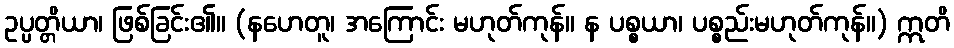
ဥပ္ပတ္တိယာ၊ ဖြစ်ခြင်း၏။ (နဟေတူ၊ အကြောင်း မဟုတ်ကုန်။ န ပစ္စယာ၊ ပစ္စည်းမဟုတ်ကုန်။) ဣတိ